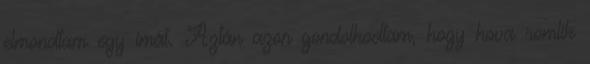
elmondtam egy imát. Aztán azon gondolkodtam, hogy hova romlik